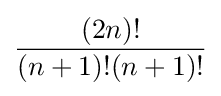
{(2n)! \over (n+1)!(n+1)!}